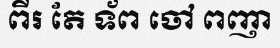
ពីរ តែ ទ័ព ចៅ ពញា